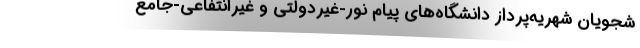
شجویان شهریه‌پرداز دانشگاه‌های پیام نور-غیردولتی و غیرانتفاعی-جامع